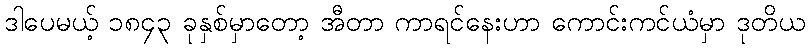
ဒါပေမယ့် ၁၈၄၃ ခုနှစ်မှာတော့ အီတာ ကာရင်နေးဟာ ကောင်းကင်ယံမှာ ဒုတိယ